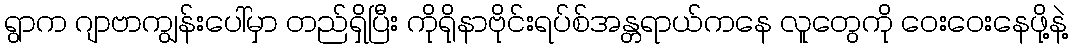
ရွာက ဂျာဗာကျွန်းပေါ်မှာ တည်ရှိပြီး ကိုရိုနာဗိုင်းရပ်စ်အန္တရာယ်ကနေ လူတွေကို ဝေးဝေးနေဖို့နဲ့